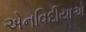
એનવિદીયાએ